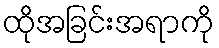
ထိုအခြင်းအရာကို